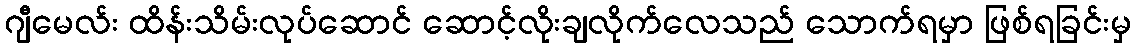
ဂျီမေလ်း ထိန်းသိမ်းလုပ်ဆောင် ဆောင့်လိုးချလိုက်လေသည် သောက်ရမှာ ဖြစ်ရခြင်းမှ